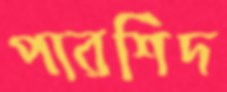
পারশিদ